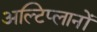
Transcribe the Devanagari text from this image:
अल्टिप्लानों